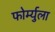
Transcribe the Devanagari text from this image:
फोर्म्युला